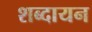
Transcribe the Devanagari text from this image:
शब्दायन